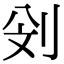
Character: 𠛶